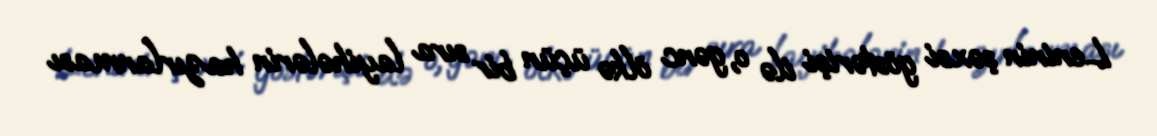
Leninin şəxsi göstərişi ilə o, gənc ölkə üçün bir sıra layihələrin hazırlanması